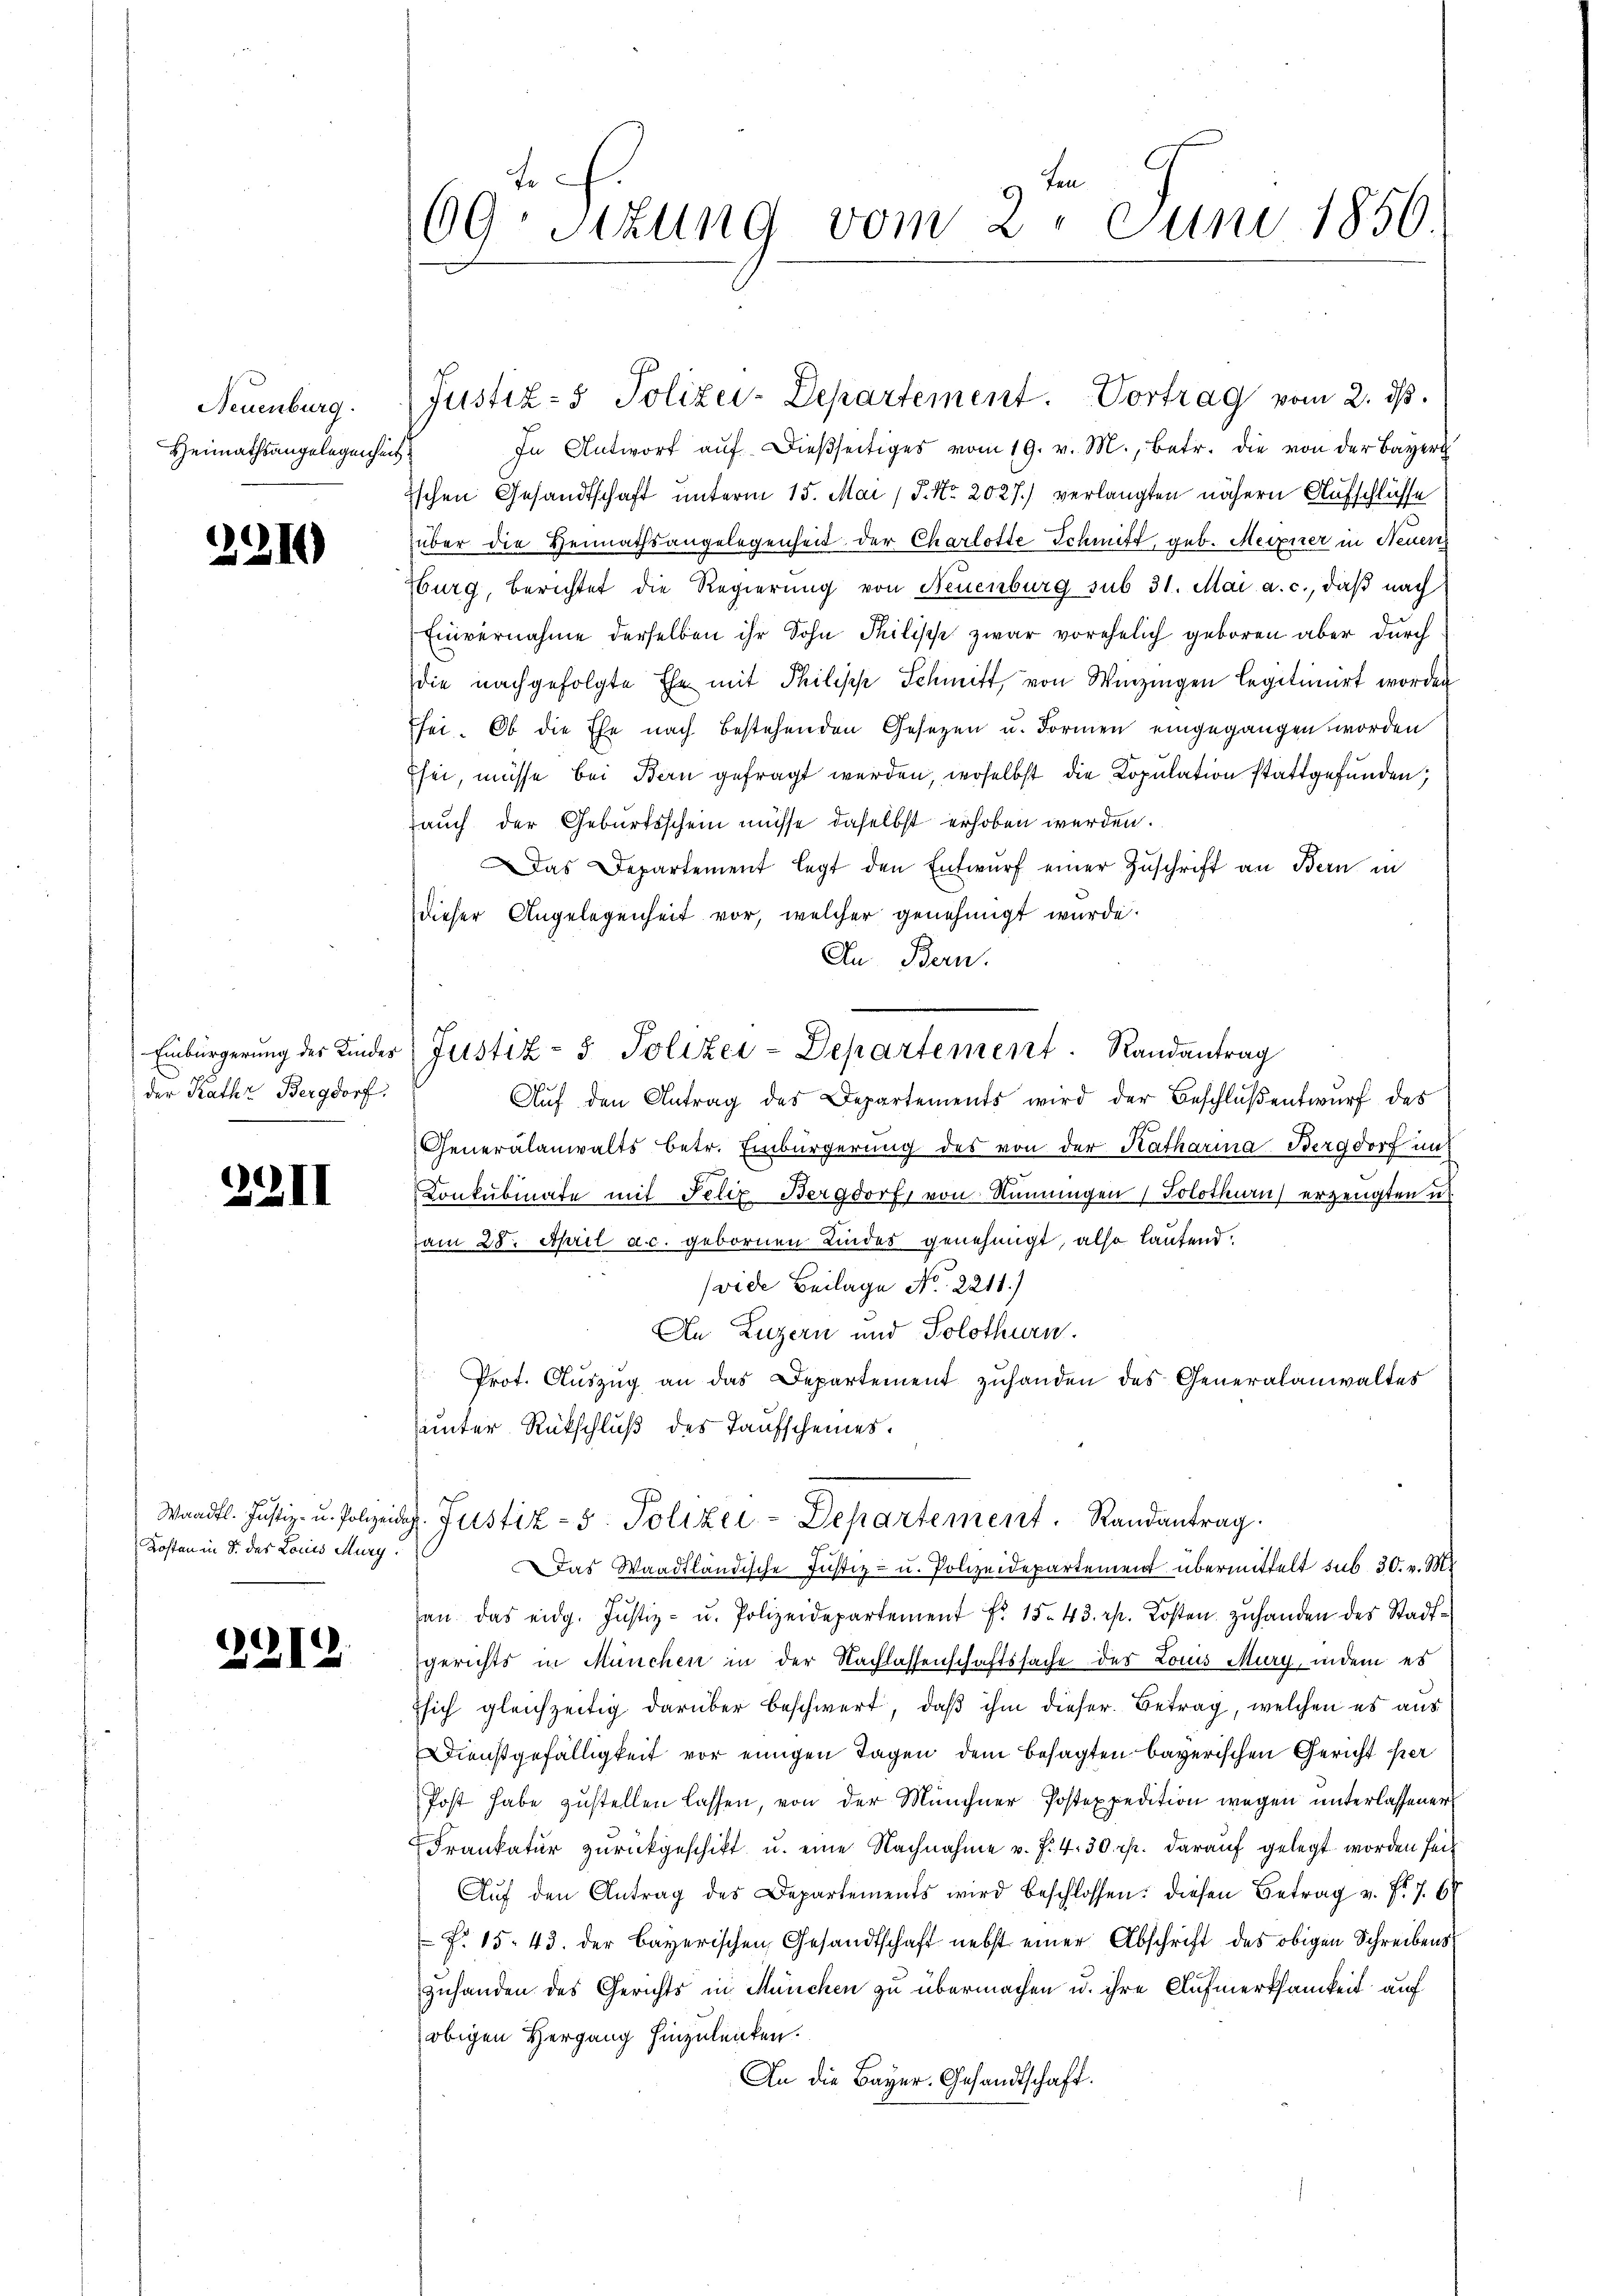
Neuenburg.
Heimathsangelegenhe

2214)

Einbürgerung des Kindes
der Kathr Bergdorf.

22II

Waadt. Justiz- u. Polizei
Kosten in S. des Louis Marg.

)
21

ten
69. Sitzung vom 2. Juni 1856

Justiz- & Polizei-Departement. Vortrag vom 2. ds.

In Antwort aŭf dieβseitiges vom 19. v. M., betr. die von der Bayer
ischen Gesandtschaft unterm 15. Mai / P. Nr. 2027.) verlangten nähern Aufschlüsse
über die Heimathsangelegenheit der Charlotte Schmitt, geb. Meixner in Neuen
Hburg, berichtet die Regierung von Neuenburg sub 31. Mai a. c., daß nach
Einvernahme derselben ihr Sohn Philische zwar vorehelich geboren aber durch
die nachgefolgte Ehe mit Philisch Schmitt, von Winzingen legitimirt worden
sei. Ob die Ehe nach bestehenden Gesetzen u. Formen eingegangen worden
Esei, müsse bei Bern gefragt werden, woselbst die Kopulation stattgefunden;
auch der Geburtsschein müsse daselbst erhoben werden.
Das Departement legt den Entwŭrf einer Zuschrift an Bern in
dieser Angelegenheit vor, welcher genehmigt wurde.
An Bern.
Auf den Antrag des Departements wird der Beschluß entwurf des
Generalanwalts betr. Einbürgerung des von der Katharina Bergdorf und
Konkubinate mit Felix Bergdorf, von Remungen Solothurn erzeugten u.
am 28. April ac. gebornen Lindes genehmigt, also laufend.
(vide Beilage No. 2211.)
An Luzern und Solothurn.
Prot. Aŭszŭg an das Departement zŭhanden des Generalanwaltes
unter Rückschluß des Taufscheines.
dg. Justiz- 5. Polizei-Departement. Randantrag.
Das Waadtländische Justiz- u. Polizeidepartement übermittelt sub 30. v. Mt
an das eidg. Justiz- u. Polizeidepartement Fr. 15. 43. rp. Kosten zŭhanden des Stadt-
gerichts in München in der Nachlassenschaftssache des Louis Mury, indem es
ssich gleichzeitig darüber beschwert, daß ihm dieser Betrag, welchen es aus
DDienstgefälligkeit vor einigen Tagen dem besagten bayerischen Gericht er
Post habe zustellen lassen, von der Münchner Postexpedition wegen unterlassener
Frankatur zurückgeschikt u. eine Nachnahme u. f. 4. 30 rp. darauf gelegt worden seit
Aŭf den Antrag des Departements wird beschlossen: diesen Betrag v. fr. 7. 6
F. 15. 43. der bayerischen Gesandtschaft nebst einer Abschrift des obigen Schreibens
zuhanden des Gerichts in München zu übermachen u. ihre Aufmerksamkeit auf
obigen Hergang hinzulenken.
An die Bayer. Gesandtschaft.

Justiz- & Polizei-Departement. Randantrag